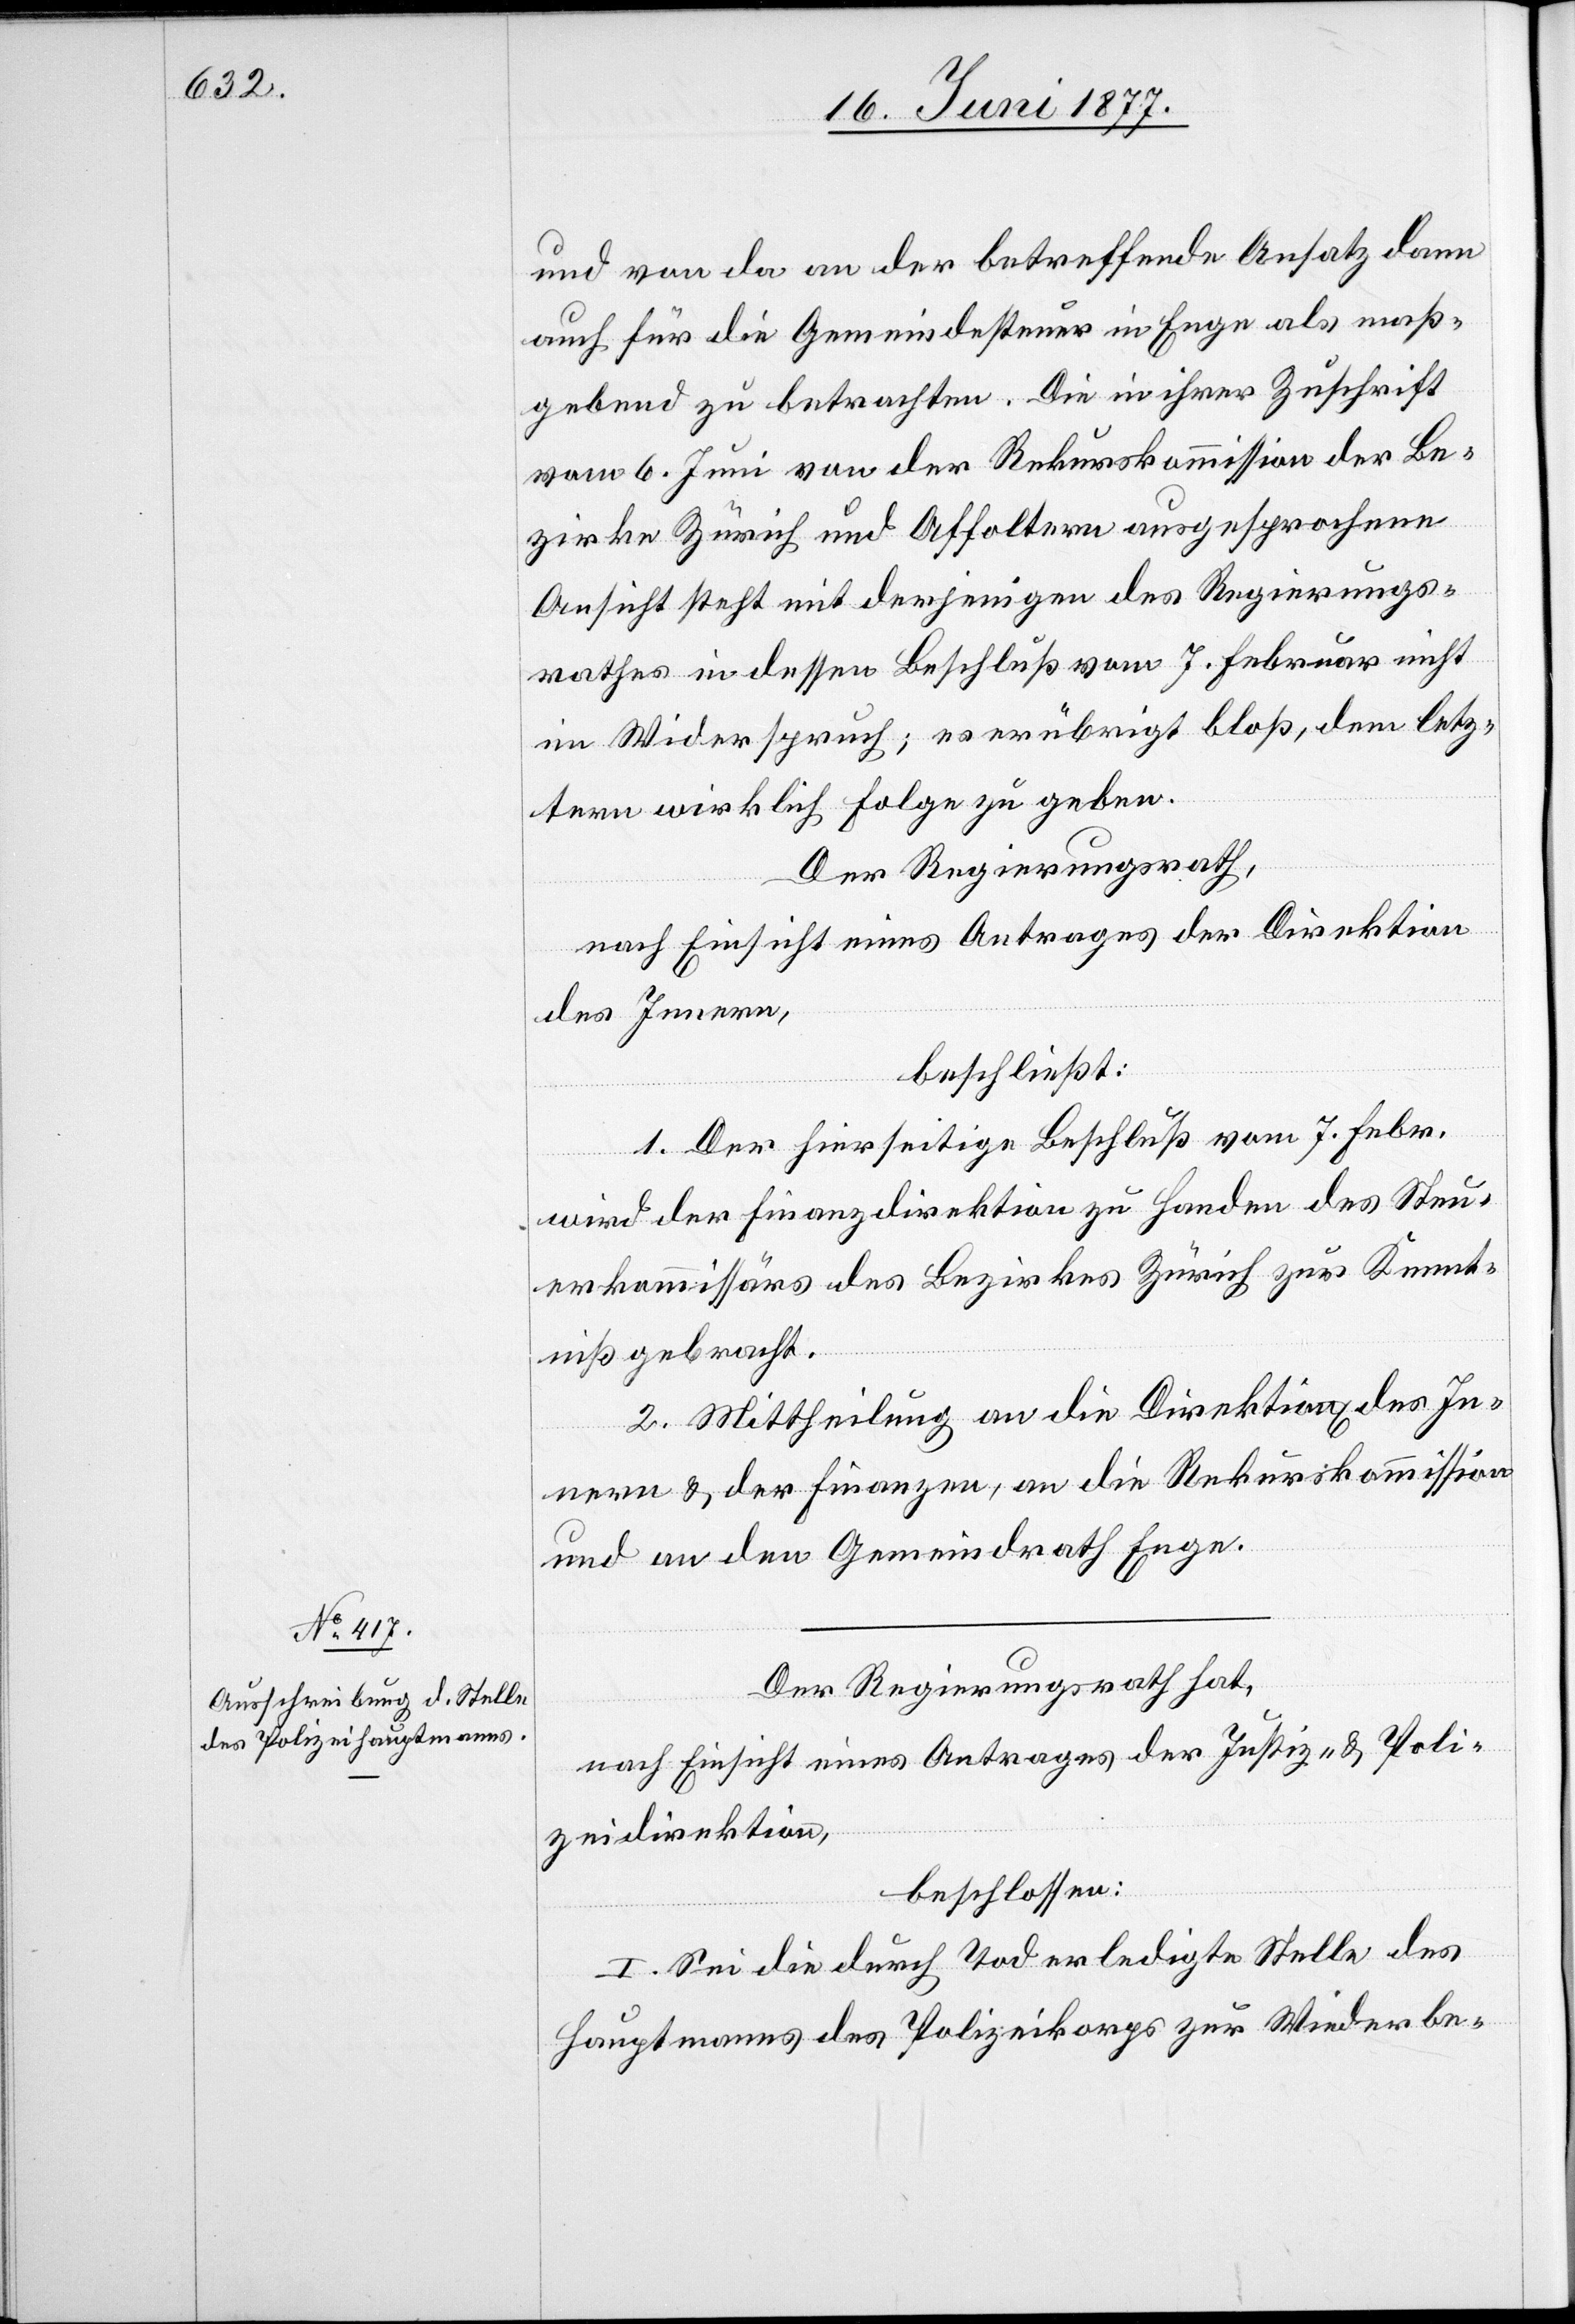
und von da an der betreffende Ansatz dann
auch für die Gemeindesteuer in Enge als maß¬
gebend zu betrachten. Die in ihrer Zuschrift
vom 6. Juni von der Rekurskommission der Be¬
zirke Zürich und Affoltern ausgesprochene
Ansicht steht mit derjenigen des Regierungs¬
rathes in dessen Beschluß vom 7. Februar nicht
in Widerspruch; es erübrigt bloß, dem letz¬
tern wirklich Folge zu geben.
Der Regierungsrath,
nach Einsicht eines Antrages der Direktion
des Innern,
beschließt:
1. Der hierseitige Beschluß vom 7. Febr.
wird der Finanzdirektion zu Handen des Steu¬
erkommissärs des Bezirkes Zürich zur Kennt¬
niß gebracht.
2. Mittheilung an die Direktion[en] des In¬
nern & der Finanzen, an die Rekurskommission
und an den Gemeindrath Enge.
Der Regierungsrath hat,
nach Einsicht eines Antrages der Justiz- & Poli¬
zeidirektion,
beschlossen:
I. Sei die durch Tod erledigte Stelle des
Hauptmanns des Polizeikorps zur Wiederbe-